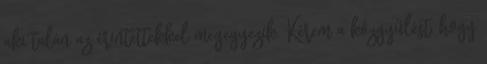
aki talán az érintettekkel megegyezik. Kérem a közgyűlést, hogy